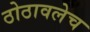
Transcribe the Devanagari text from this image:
ठोठावलेच